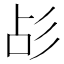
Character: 㣌